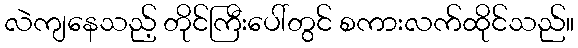
လဲကျနေသည့် တိုင်ကြီးပေါ်တွင် စကားလက်ထိုင်သည်။